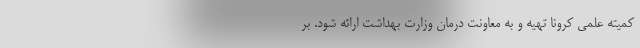
کمیته علمی کرونا تهیه و به معاونت درمان وزارت بهداشت ارائه شود. بر